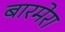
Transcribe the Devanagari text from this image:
बारमेरा